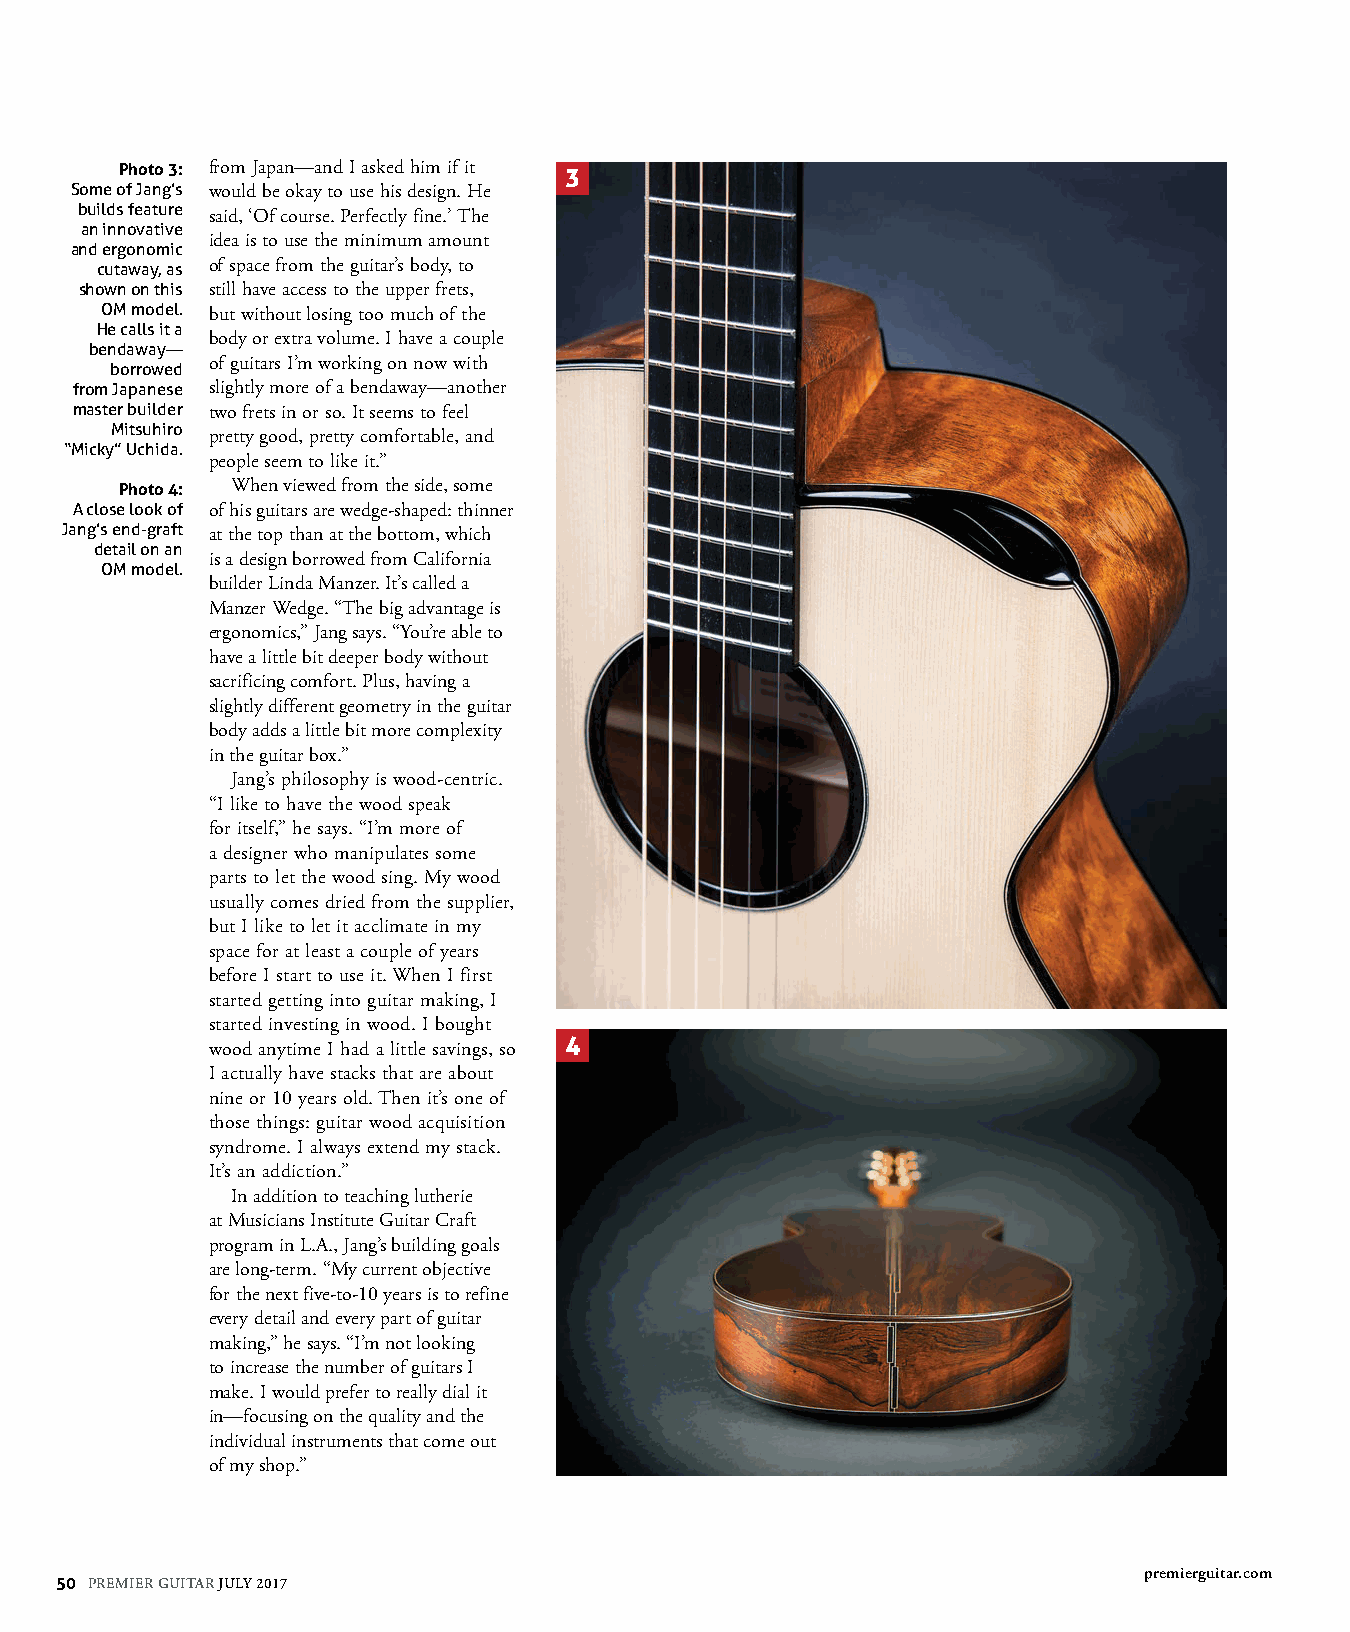
Photo 3: from Japan—and I asked him if it 3
 Some of Jang’s would be okay to use his design. He
 builds feature
 said, ‘Of course. Perfectly fine.’ The
 an innovative
 idea is to use the minimum amount
 and ergonomic
 cutaway, as of space from the guitar’s body, to
 shown on this still have access to the upper frets,
 OM model. but without losing too much of the
 He calls it a
 body or extra volume. I have a couple
 bendaway—
 of guitars I’m working on now with
 borrowed
 from Japanese slightly more of a bendaway—another
 master builder two frets in or so. It seems to feel
 Mitsuhiro
 pretty good, pretty comfortable, and
 “Micky” Uchida.
 people seem to like it.”
 Photo 4: When viewed from the side, some
 A close look of of his guitars are wedge-shaped: thinner
 Jang’s end-graft at the top than at the bottom, which
 detail on an
 is a design borrowed from California
 OM model.
 builder Linda Manzer. It’s called a
 Manzer Wedge. “The big advantage is
 ergonomics,” Jang says. “You’re able to
 have a little bit deeper body without
 sacrificing comfort. Plus, having a
 slightly different geometry in the guitar
 body adds a little bit more complexity
 in the guitar box.”
 Jang’s philosophy is wood-centric.
 “I like to have the wood speak
 for itself,” he says. “I’m more of
 a designer who manipulates some
 parts to let the wood sing. My wood
 usually comes dried from the supplier,
 but I like to let it acclimate in my
 space for at least a couple of years
 before I start to use it. When I first
 started getting into guitar making, I
 started investing in wood. I bought
 4
 wood anytime I had a little savings, so
 I actually have stacks that are about
 nine or 10 years old. Then it’s one of
 those things: guitar wood acquisition
 syndrome. I always extend my stack.
 It’s an addiction.”
 In addition to teaching lutherie
 at Musicians Institute Guitar Craft
 program in L.A., Jang’s building goals
 are long-term. “My current objective
 for the next five-to-10 years is to refine
 every detail and every part of guitar
 making,” he says. “I’m not looking
 to increase the number of guitars I
 make. I would prefer to really dial it
 in—focusing on the quality and the
 individual instruments that come out
 of my shop.”
 premierguitar.com
 50 PREMIER GUITAR JULY 2017